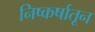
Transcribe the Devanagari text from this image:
निष्कर्षातून